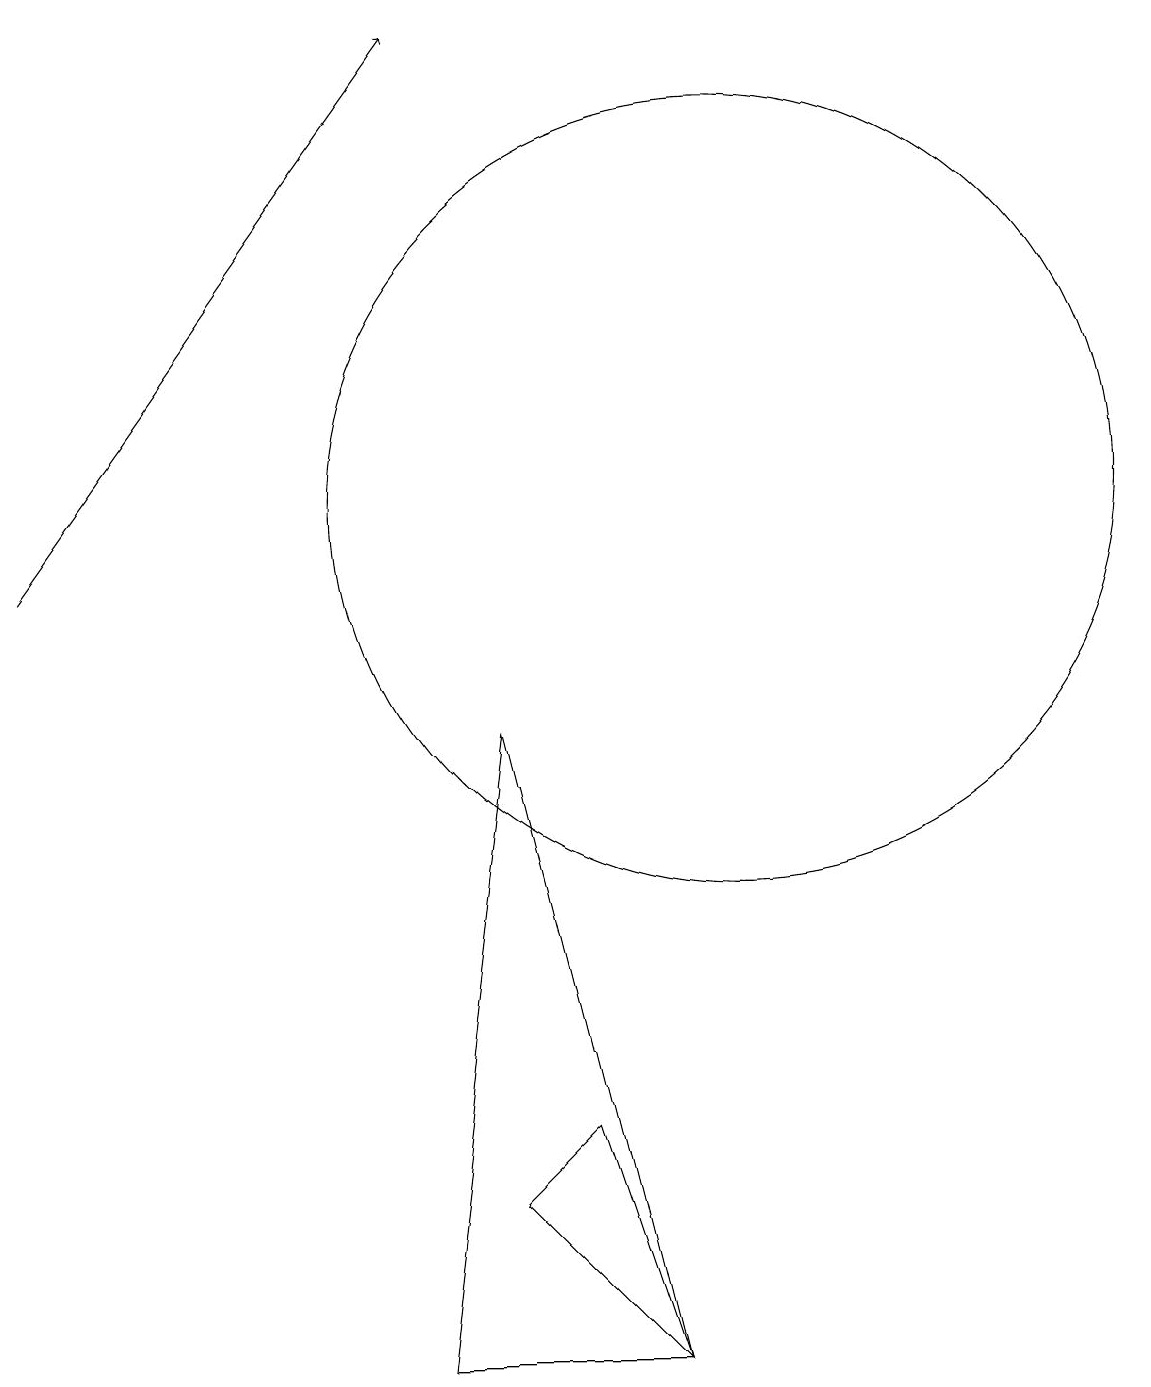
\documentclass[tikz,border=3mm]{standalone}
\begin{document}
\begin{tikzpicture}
\draw (10,11) circle (5);
\draw[->] (1,10) -- (6,17);
\draw (6,0) -- (7,8) -- (9,0) -- cycle;
\draw (7,2) -- (8,3) -- (9,0) -- cycle;
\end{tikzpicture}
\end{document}